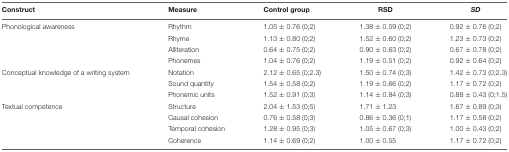
<table><thead><tr><td><b>Construct</b></td><td><b>Measure</b></td><td><b>Control group</b></td><td><b>RSD</b></td><td><b><i>SD</i></b></td></tr></thead><tbody><tr><td>Phonological awareness</td><td>Rhythm</td><td>1.05 ± 0.76 (0;2)</td><td>1.38 ± 0.59 (0;2)</td><td>0.92 ± 0.76 (0;2)</td></tr><tr><td></td><td>Rhyme</td><td>1.13 ± 0.80 (0;2)</td><td>1.52 ± 0.60 (0;2)</td><td>1.23 ± 0.73 (0;2)</td></tr><tr><td></td><td>Alliteration</td><td>0.64 ± 0.75 (0;2)</td><td>0.90 ± 0.63 (0;2)</td><td>0.67 ± 0.78 (0;2)</td></tr><tr><td></td><td>Phonemes</td><td>1.04 ± 0.76 (0;2)</td><td>1.19 ± 0.51 (0;2)</td><td>0.92 ± 0.64 (0;2)</td></tr><tr><td>Conceptual knowledge of a writing system</td><td>Notation</td><td>2.12 ± 0.65 (0;2.3)</td><td>1.50 ± 0.74 (0;3)</td><td>1.42 ± 0.73 (0;2.3)</td></tr><tr><td></td><td>Sound quantity</td><td>1.54 ± 0.58 (0;2)</td><td>1.19 ± 0.66 (0;2)</td><td>1.17 ± 0.72 (0;2)</td></tr><tr><td></td><td>Phonemic units</td><td>1.52 ± 0.91 (0;3)</td><td>1.14 ± 0.84 (0;3)</td><td>0.88 ± 0.43 (0;1.5)</td></tr><tr><td>Textual competence</td><td>Structure</td><td>2.04 ± 1.53 (0;5)</td><td>1.71 ± 1.23</td><td>1.67 ± 0.89 (0;3)</td></tr><tr><td></td><td>Causal cohesion</td><td>0.76 ± 0.58 (0;3)</td><td>0.86 ± 0.36 (0;1)</td><td>1.17 ± 0.58 (0;2)</td></tr><tr><td></td><td>Temporal cohesion</td><td>1.28 ± 0.95 (0;3)</td><td>1.05 ± 0.67 (0;3)</td><td>1.00 ± 0.43 (0;2)</td></tr><tr><td></td><td>Coherence</td><td>1.14 ± 0.69 (0;2)</td><td>1.00 ± 0.55</td><td>1.17 ± 0.72 (0;2)</td></tr></tbody></table>